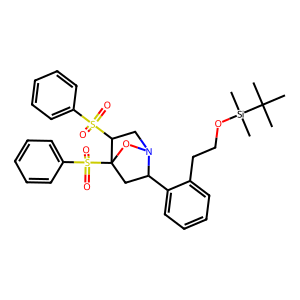
SMILES: CC(C)(C)[Si](C)(C)OCCc1ccccc1C1CC2(S(=O)(=O)c3ccccc3)ON1CC2S(=O)(=O)c1ccccc1
Inhibits HIV replication: No